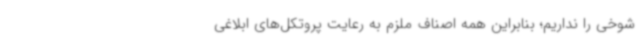
شوخی را نداریم؛ بنابراین همه اصناف ملزم به رعایت پروتکل‌های ابلاغی